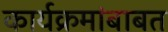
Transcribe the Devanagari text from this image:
कार्यक्रमांबाबत